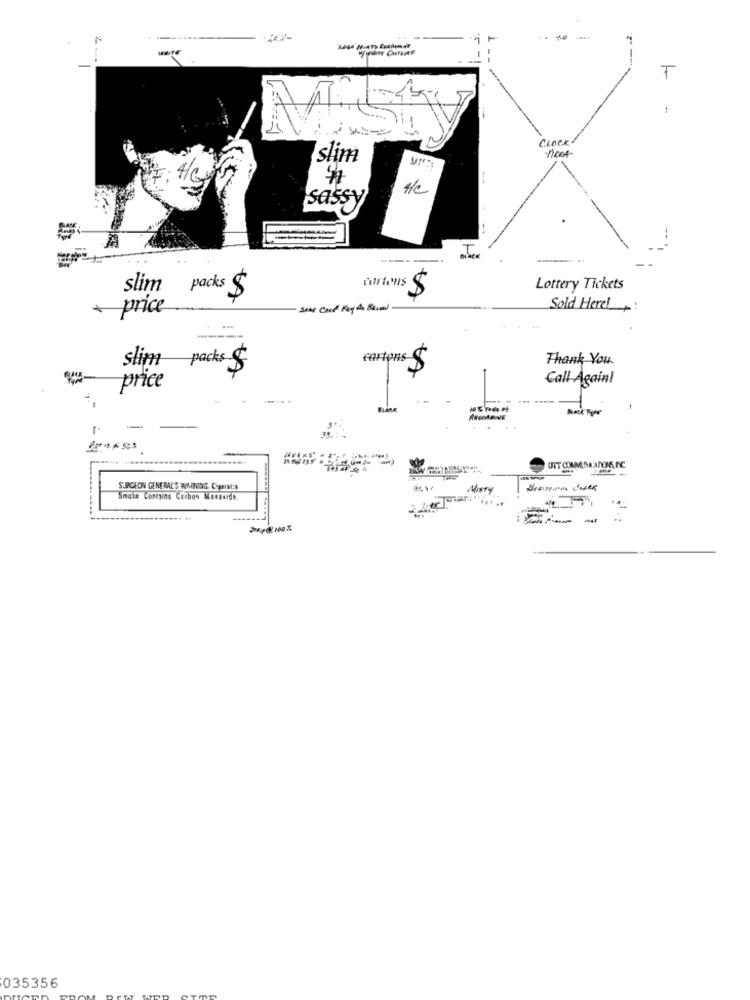
%
-
F
-
CLOCK
AREA
Islim
1/C
sassy
--
--
slim packs $
Gartens $
Lottery Tickets
+ price
Sold Here:
stim packs
cartons $
Thank You.
Call Again!
price
-
UIT COAM BRADOS, NC
SURGEON GENERAL'S WARNING. COMBt:D
Misty
Smain Contains Carbon Menauide.
035356